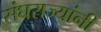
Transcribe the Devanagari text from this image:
संघराज्यांनी